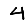
Digit: 4